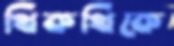
থিকথিকে